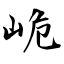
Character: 峗